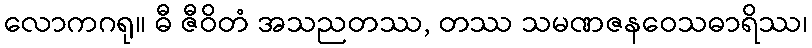
လောကဂရု။ ဓီ ဇီဝိတံ အသညတဿ, တဿ သမဏဇနဝေသဓာရိဿ၊